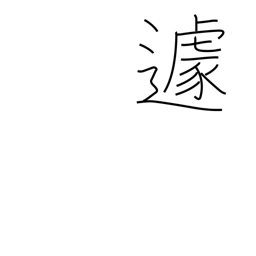
Meaning: agitation